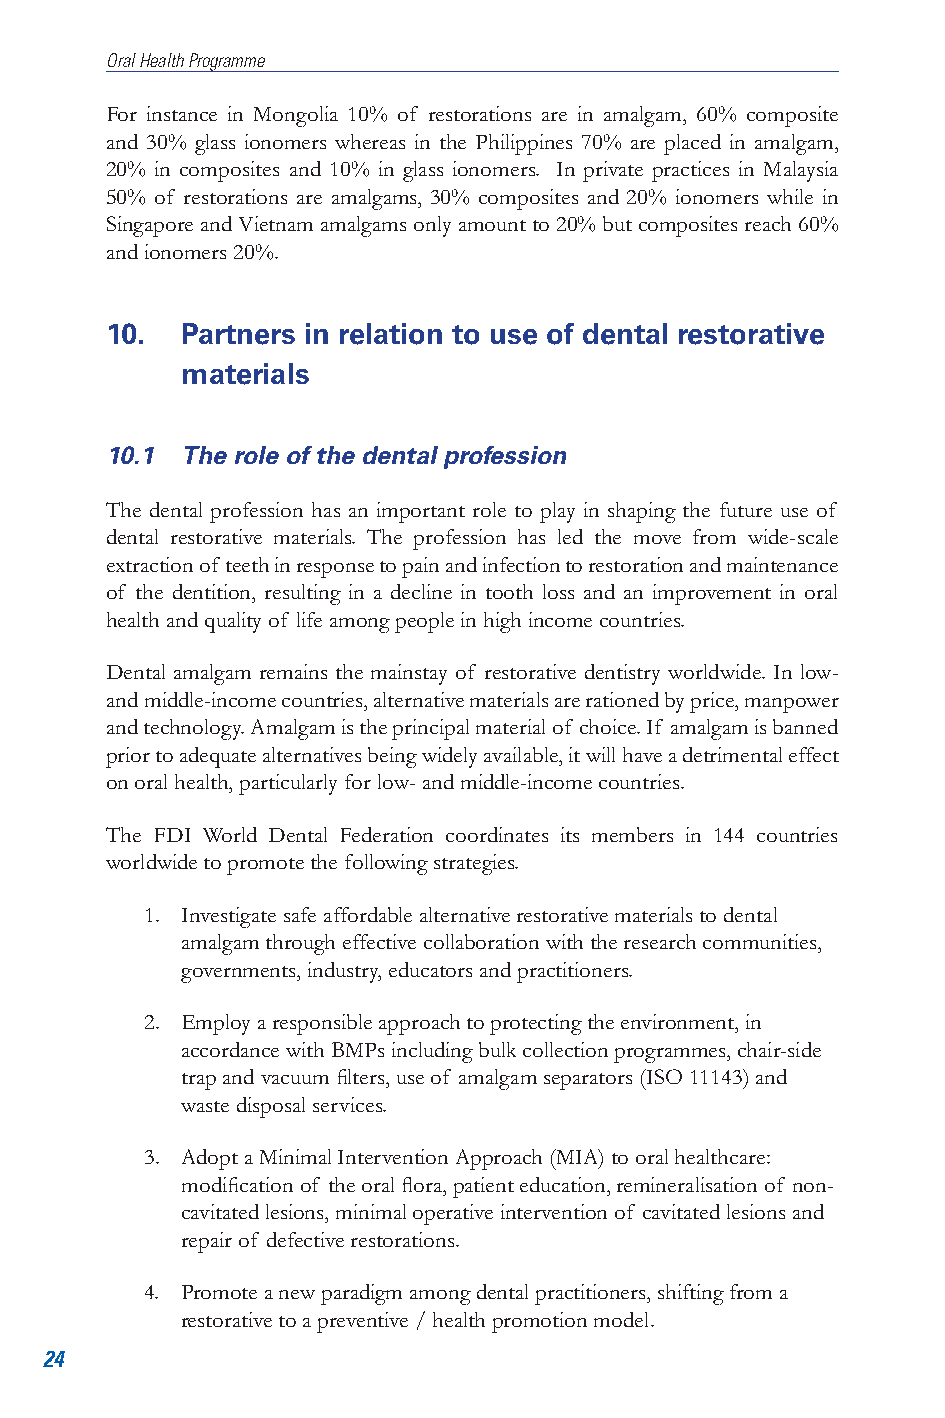
Oral Health Programme
 For instance in Mongolia 10% of restorations are in amalgam, 60% composite
 and 30% glass ionomers whereas in the Philippines 70% are placed in amalgam,
 20% in composites and 10% in glass ionomers. In private practices in Malaysia
 50% of restorations are amalgams, 30% composites and 20% ionomers while in
 Singapore and Vietnam amalgams only amount to 20% but composites reach 60%
 and ionomers 20%.
 10.  Partners in relation to use of dental restorative
 materials
 10.1 The role of the dental profession
 The dental profession has an important role to play in shaping the future use of
 dental restorative materials. The profession has led the move from wide-scale
 extraction of teeth in response to pain and infection to restoration and maintenance
 of the dentition, resulting in a decline in tooth loss and an improvement in oral
 health and quality of life among people in high income countries.
 Dental amalgam remains the mainstay of restorative dentistry worldwide. In low-
 and middle-income countries, alternative materials are rationed by price, manpower
 and technology. Amalgam is the principal material of choice. If amalgam is banned
 prior to adequate alternatives being widely available, it will have a detrimental effect
 on oral health, particularly for low- and middle-income countries.
 The FDI World Dental Federation coordinates its members in 144 countries
 worldwide to promote the following strategies.
 1. Investigate safe affordable alternative restorative materials to dental
 amalgam through effective collaboration with the research communities,
 governments, industry, educators and practitioners.
 2. Employ a responsible approach to protecting the environment, in
 accordance with BMPs including bulk collection programmes, chair-side
 trap and vacuum filters, use of amalgam separators (ISO 11143) and
 waste disposal services.
 3. Adopt a Minimal Intervention Approach (MIA) to oral healthcare:
 modification of the oral flora, patient education, remineralisation of non-
 cavitated lesions, minimal operative intervention of cavitated lesions and
 repair of defective restorations.
 4. Promote a new paradigm among dental practitioners, shifting from a
 restorative to a preventive / health promotion model.
 24